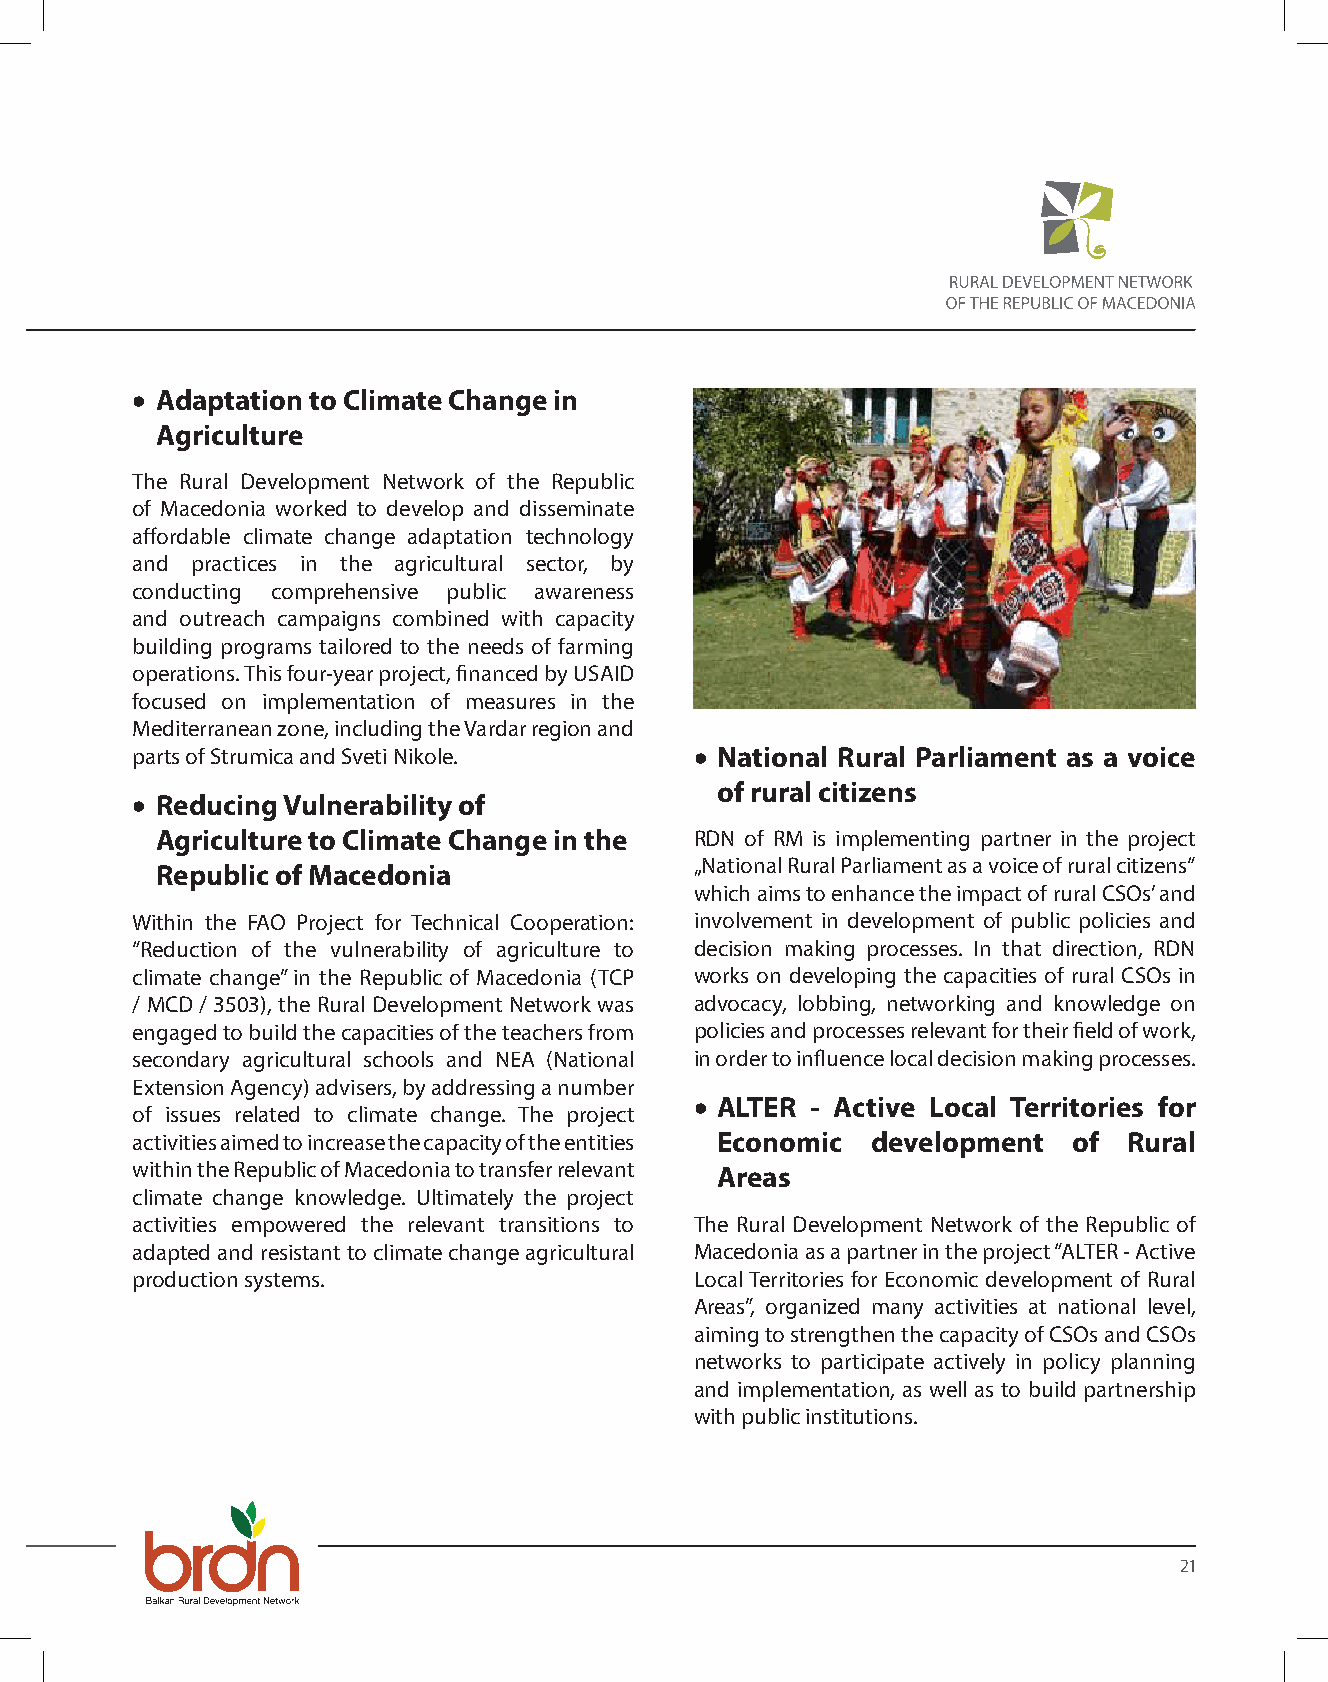
• Adaptation to Climate Change in
 Agriculture
 The Rural Development Network of the Republic
 of Macedonia worked to develop and disseminate
 affordable climate change adaptation technology
 and practices in the agricultural sector, by
 conducting comprehensive public awareness
 and outreach campaigns combined with capacity
 building programs tailored to the needs of farming
 operations. This four-year project, financed by USAID
 focused on implementation of measures in the
 Mediterranean zone, including the Vardar region and
 parts of Strumica and Sveti Nikole.  • National Rural Parliament as a voice
 of rural citizens
 • Reducing Vulnerability of
 Agriculture to Climate Change in the RDN of RM is implementing partner in the project
 „National Rural Parliament as a voice of rural citizens“
 Republic of Macedonia
 which aims to enhance the impact of rural CSOs’ and
 Within the FAO Project for Technical Cooperation: involvement in development of public policies and
 “Reduction of the vulnerability of agriculture to decision making processes. In that direction, RDN
 climate change” in the Republic of Macedonia (TCP works on developing the capacities of rural CSOs in
 / MCD / 3503), the Rural Development Network was advocacy, lobbing, networking and knowledge on
 engaged to build the capacities of the teachers from policies and processes relevant for their field of work,
 secondary agricultural schools and NEA (National in order to influence local decision making processes.
 Extension Agency) advisers, by addressing a number
 • ALTER - Active Local Territories for
 of issues related to climate change. The project
 activities aimed to increase the capacity of the entities Economic development of Rural
 within the Republic of Macedonia to transfer relevant Areas
 climate change knowledge. Ultimately the project
 activities empowered the relevant transitions to The Rural Development Network of the Republic of
 adapted and resistant to climate change agricultural Macedonia as a partner in the project “ALTER - Active
 production systems.                  Local Territories for Economic development of Rural
 Areas”, organized many activities at national level,
 aiming to strengthen the capacity of CSOs and CSOs
 networks to participate actively in policy planning
 and implementation, as well as to build partnership
 with public institutions.
 21